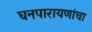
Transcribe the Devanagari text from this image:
घनपारायणांचा